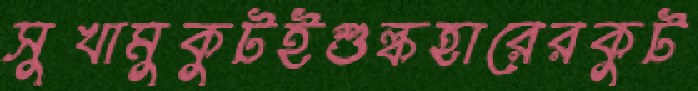
সুখামুকুটইশুল্কহারেরকুট